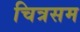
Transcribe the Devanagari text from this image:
चित्रसम